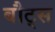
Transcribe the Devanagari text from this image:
बौट्स